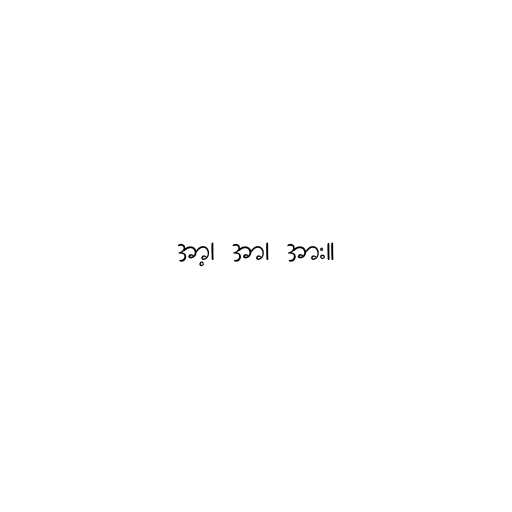
အာ့၊ အာ၊ အား။